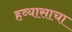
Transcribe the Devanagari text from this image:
हव्यासाचा